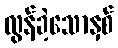
လွန်ခဲ့သောနှစ်